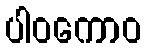
ပါဝကောဝ